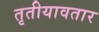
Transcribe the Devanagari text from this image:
तृतीयावतार